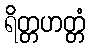
ရိတ္တဟတ္တံ